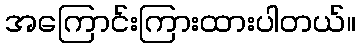
အကြောင်းကြားထားပါတယ်။